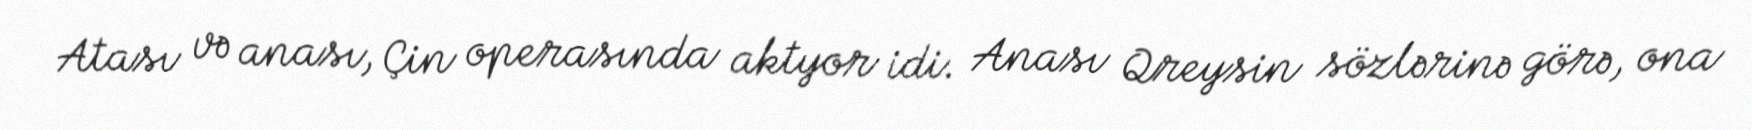
Atası və anası, Çin operasında aktyor idi. Anası Qreysin sözlərinə görə, ona